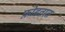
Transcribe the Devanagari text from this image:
फ़ोडतात